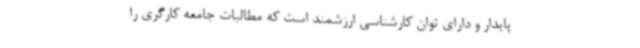
پایدار و دارای توان کارشناسی ارزشمند است که مطالبات جامعه کارگری را